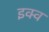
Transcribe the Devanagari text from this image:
इक्व